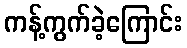
ကန့်ကွက်ခဲ့ကြောင်း